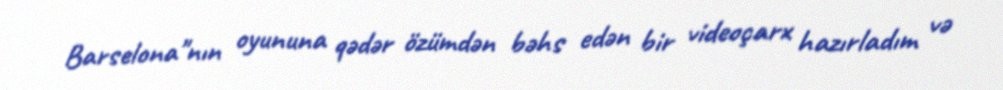
Barselona"nın oyununa qədər özümdən bəhs edən bir videoçarx hazırladım və